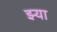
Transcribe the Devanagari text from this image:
झ्या